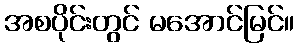
အစပိုင်းတွင် မအောင်မြင်။